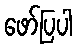
ဖော်ပြပါ